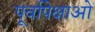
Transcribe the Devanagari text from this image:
पूर्वापेक्षाओं